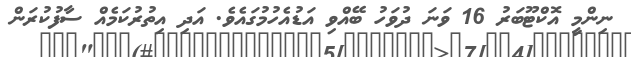
ނިންމީ އޮކްޓޫބަރު 16 ވަނަ ދުވަހު ބޭއްވި އަޑުއެހުމުގައެވެ. އަދި އިތުރުކަމެއް ސާފުކުރަން